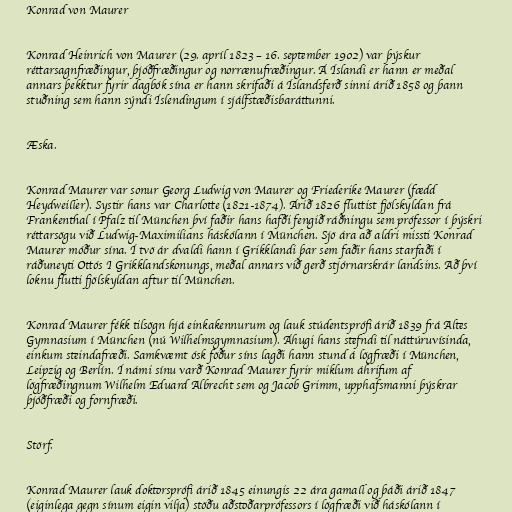
Konrad von Maurer

Konrad Heinrich von Maurer (29. apríl 1823 – 16. september 1902) var þýskur
réttarsagnfræðingur, þjóðfræðingur og norrænufræðingur. Á Íslandi er hann er meðal
annars þekktur fyrir dagbók sína er hann skrifaði á Íslandsferð sinni árið 1858 og þann
stuðning sem hann sýndi Íslendingum í sjálfstæðisbaráttunni.

Æska.

Konrad Maurer var sonur Georg Ludwig von Maurer og Friederike Maurer (fædd
Heydweiller). Systir hans var Charlotte (1821-1874). Árið 1826 fluttist fjölskyldan frá
Frankenthal í Pfalz til München því faðir hans hafði fengið ráðningu sem prófessor í þýskri
réttarsögu við Ludwig-Maximilians háskólann í München. Sjö ára að aldri missti Konrad
Maurer móður sína. Í tvö ár dvaldi hann í Grikklandi þar sem faðir hans starfaði í
ráðuneyti Ottós I Grikklandskonungs, meðal annars við gerð stjórnarskrár landsins. Að því
loknu flutti fjölskyldan aftur til München.

Konrad Maurer fékk tilsögn hjá einkakennurum og lauk stúdentsprófi árið 1839 frá Altes
Gymnasium í München (nú Wilhelmsgymnasium). Áhugi hans stefndi til náttúruvísinda,
einkum steindafræði. Samkvæmt ósk föður síns lagði hann stund á lögfræði í München,
Leipzig og Berlín. Í námi sínu varð Konrad Maurer fyrir miklum áhrifum af
lögfræðingnum Wilhelm Eduard Albrecht sem og Jacob Grimm, upphafsmanni þýskrar
þjóðfræði og fornfræði.

Störf.

Konrad Maurer lauk doktorsprófi árið 1845 einungis 22 ára gamall og þáði árið 1847
(eiginlega gegn sínum eigin vilja) stöðu aðstoðarprófessors í lögfræði við háskólann í